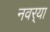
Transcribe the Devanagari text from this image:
नवर्‍या